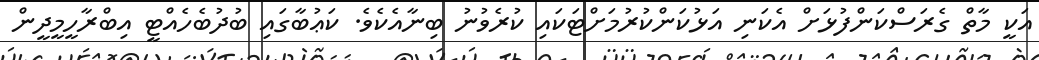
އަކީ މާތް ގެރަސްކަންފުޅަށް އެކަނި އަޅުކަންކުރުމަށްޓަކައި ކުރެވުނު ބިނާއެކެވެ. ކަޢުބާގައި ބުދުބެހެއްޓީ އިބްރާހީމީދީން